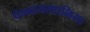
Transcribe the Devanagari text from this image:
पेन्न्स्यल्वानिया